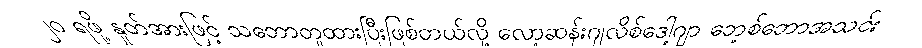
၂၀ ရဖို့ နှုတ်အားဖြင့် သဘောတူထားပြီးဖြစ်တယ်လို့ လော့ဆန်းဂျလိစ်ဒေါ့ဂျာ ဘေ့စ်ဘောအသင်း